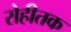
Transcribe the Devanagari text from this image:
रोहीतक